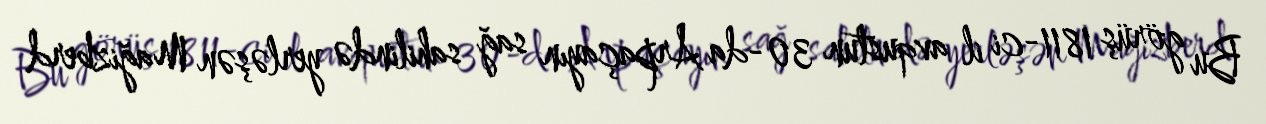
Bu görüş 1811-ci il avqustun 30-da Arpaçayın sağ sahilində yerləşən Mağizberd